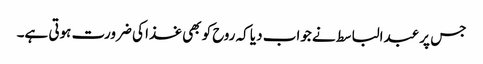
جس پر عبدالباسط نے جواب دیا کہ روح کو بھی غذا کی ضرورت ہوتی ہے۔